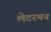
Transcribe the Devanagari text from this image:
लेटरमन